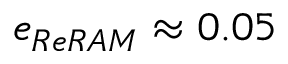
e _ { R e R A M } \approx 0 . 0 5